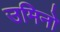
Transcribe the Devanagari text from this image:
उमिनो